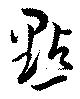
點